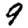
Digit: 9